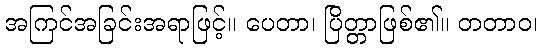
အကြင်အခြင်းအရာဖြင့်။ ပေတာ၊ ပြိတ္တာဖြစ်၏။ တတာဝ၊